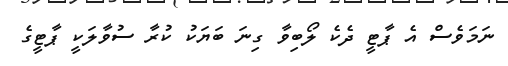
ނަމަވެސް އެ ޕާޓީ ދެކެ ލޯބިވާ ގިނަ ބަޔަކު ކުރާ ސުވާލަކީ ޕާޓީގެ